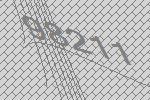
98211